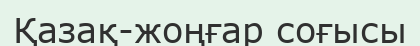
Қазақ-жоңғар соғысы